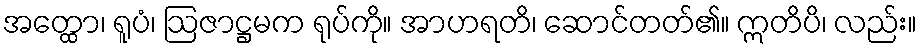
အတ္ထော၊ ရူပံ၊ ဩဇာဋ္ဌမက ရုပ်ကို။ အာဟရတိ၊ ဆောင်တတ်၏။ ဣတိပိ၊ လည်း။